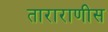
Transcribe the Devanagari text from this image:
ताराराणीस